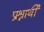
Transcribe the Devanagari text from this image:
प्रश्नार्थी